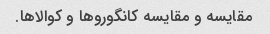
مقایسه و مقایسه کانگوروها و کوالاها.